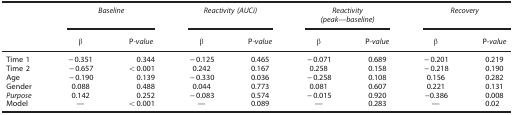
<table><thead><tr><td></td><td colspan="2"><b><i>Baseline</i></b></td><td colspan="2"><b><i>Reactivity (AUCi)</i></b></td><td colspan="2"><b><i>Reactivity (peak—baseline)</i></b></td><td colspan="2"><b><i>Recovery</i></b></td></tr><tr><td><b> </b></td><td><b>β</b></td><td><b>P<i>-value</i></b></td><td><b>β</b></td><td><b>P<i>-value</i></b></td><td><b>β</b></td><td><b>P<i>-value</i></b></td><td><b>β</b></td><td><b>P-<i>value</i></b></td></tr></thead><tbody><tr><td>Time 1</td><td>−0.351</td><td>0.344</td><td>−0.125</td><td>0.465</td><td>−0.071</td><td>0.689</td><td>−0.201</td><td>0.219</td></tr><tr><td>Time 2</td><td>−0.657</td><td>&lt;0.001</td><td>0.242</td><td>0.167</td><td>0.258</td><td>0.158</td><td>−0.218</td><td>0.190</td></tr><tr><td>Age</td><td>−0.190</td><td>0.139</td><td>−0.330</td><td>0.036</td><td>−0.258</td><td>0.108</td><td>0.156</td><td>0.282</td></tr><tr><td>Gender</td><td>0.088</td><td>0.488</td><td>0.044</td><td>0.773</td><td>0.081</td><td>0.607</td><td>0.221</td><td>0.131</td></tr><tr><td><i>Purpose</i></td><td>0.142</td><td>0.252</td><td>−0.083</td><td>0.574</td><td>−0.015</td><td>0.920</td><td>−0.386</td><td>0.008</td></tr><tr><td>Model</td><td>—</td><td>&lt;0.001</td><td>—</td><td>0.089</td><td>—</td><td>0.283</td><td>—</td><td>0.02</td></tr></tbody></table>